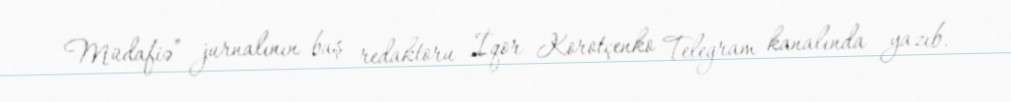
Müdafiə” jurnalının baş redaktoru İqor Korotçenko Telegram kanalında yazıb.